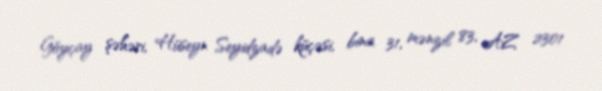
Göyçay şəhəri, Hüseyn Seyidzadə küçəsi, bina 31, mənzil 83, AZ 2301